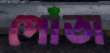
পোঁতা